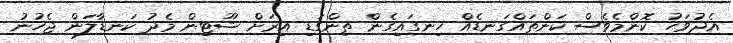
އެދުވަހު ކޮންމެވެސް ކަންތައްގަނޑެއް ހިނގައިގެން ތިންގަޑި އިރަށް ޝޫޓިން މެދު ކަނޑާލަން ޖެހުނު